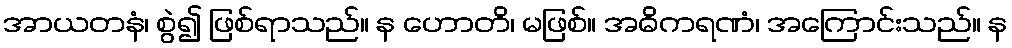
အာယတနံ၊ စွဲ၍ ဖြစ်ရာသည်။ န ဟောတိ၊ မဖြစ်။ အဓိကရဏံ၊ အကြောင်းသည်။ န